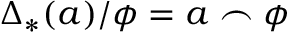
\Delta _ { * } ( a ) / \phi = a \frown \phi